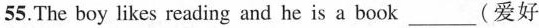
55. The boy likes reading and he is a book ___ (爱好